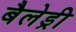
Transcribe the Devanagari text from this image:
बैलेड्री